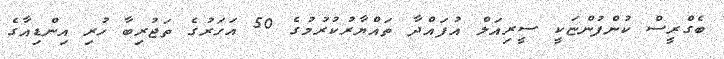
ބެގްރީސް ކުންފުންޏަކީ ސީރިއަލް އުފައްދާ ތައްޔާރުކުރުމުގެ 50 އަހަރުގެ ތަޖުރިބާ ހުރި އިންޑިއާގެ